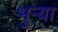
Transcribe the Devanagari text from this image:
भुर्‍या